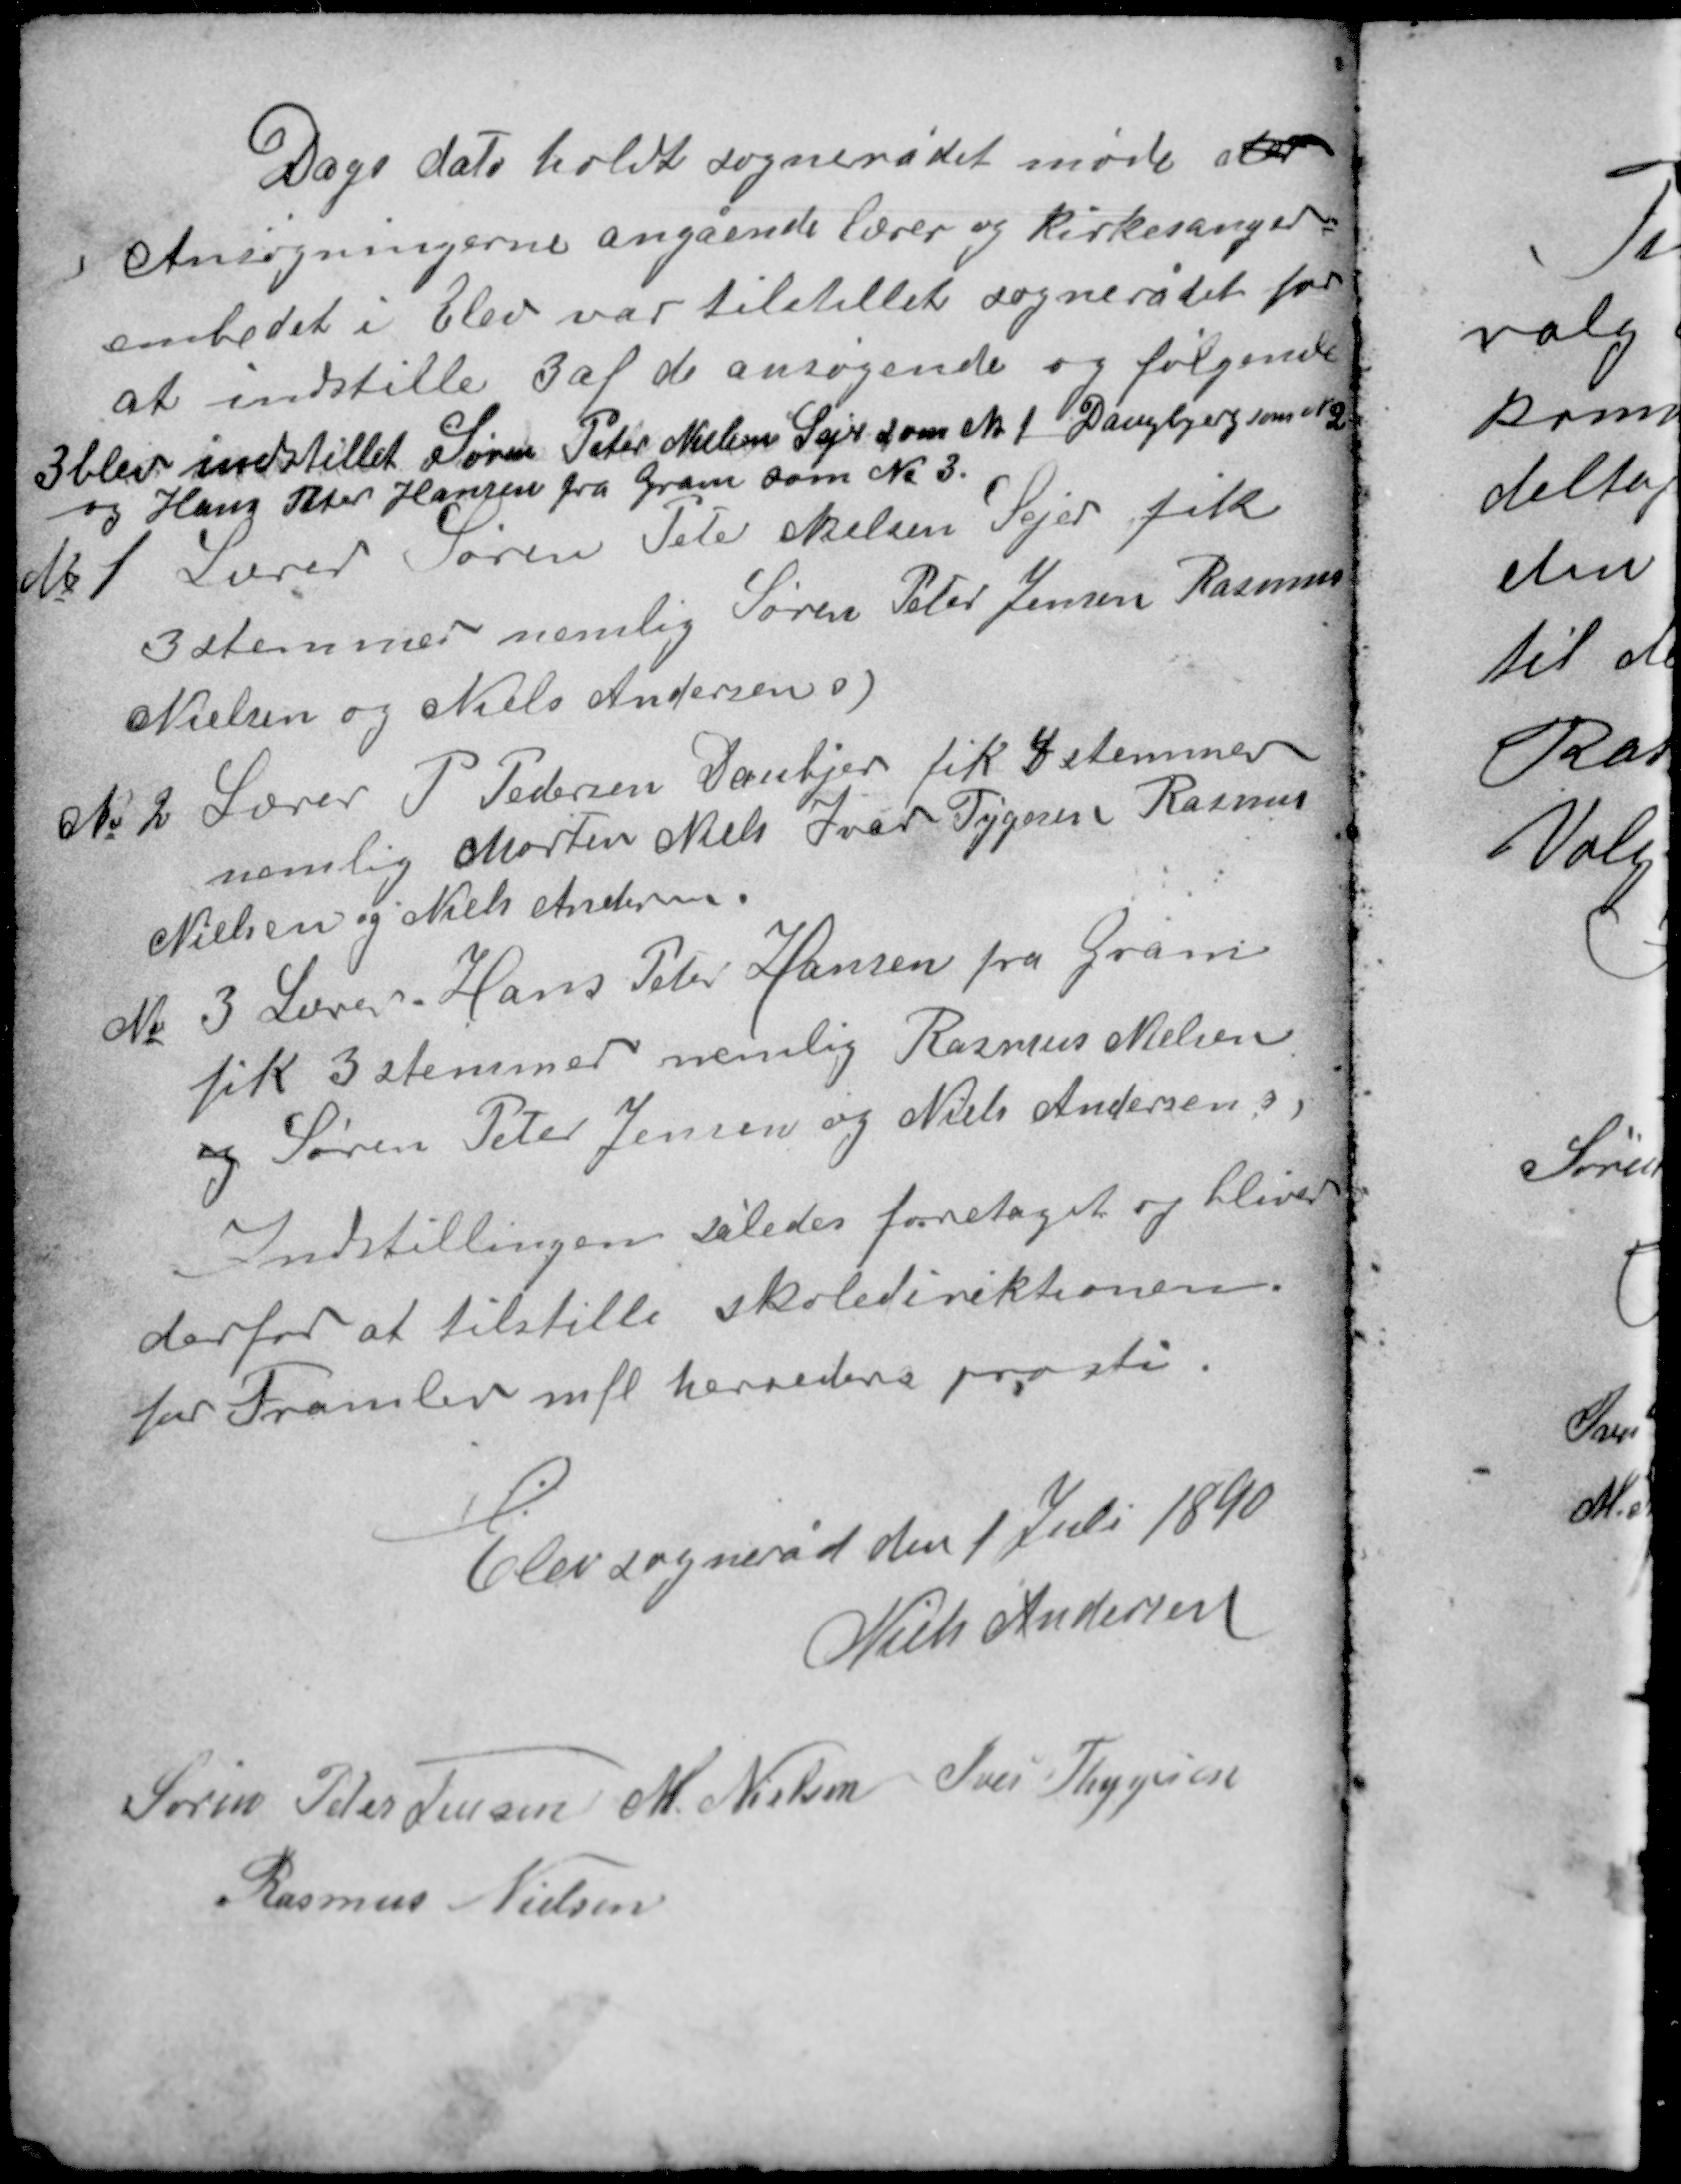
Transskription:
Dags dato holdt sognerådet møde der
Ansøgningerne angående lærer og kirkesanger-
embedet i Elev var tilstillet sognerådet for
at indstille 3 af de ansøgende og følgende
3 blev indstillet Søren Peter Nielsen Sejer som No 1 Daugbjerg som N 2
og Hans Peter Hansen fra Gram som No 3.
No 1 Lærer Søren Peter Nielsen Sejer fik
3 stemmer nemlig Søren Peter Jensen Rasmus
Nielsen og Niels Andersens.

No 2 Lærer P. Pedersen Daubjer fik 4 stemmer
nemlig Morten Niels Ivar Tygesen Rasmus
Nielsen og Niels Andersen.
No 3 Lærer Hans Peter Hansen fra Gram
fik 3 stemmer nemlig Rasmus Nielsen
og Søren Peter Jensen og Niels Andersens.
Indstillingen således foretaget og bliver
derfor at tilstille skoledirektionen
for Framlev mfl herreders provsti.

Elev sogneråd den 1 Juli 1890
Niels Andersen

Søren Peter Jensen M. Nielsen Iver Thygesen
Rasmus Nielsen